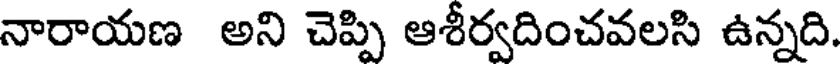
నారాయణ అని చెప్పి ఆశీర్వదించవలసి ఉన్నది.